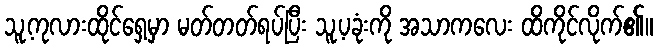
သူ့ကုလားထိုင်ရှေ့မှာ မတ်တတ်ရပ်ပြီး သူ့ပခုံးကို အသာကလေး ထိကိုင်လိုက်၏။